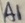
Text: A1